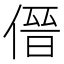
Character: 𱎿